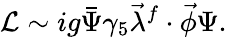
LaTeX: {\cal L}\sim ig\bar{\Psi}\gamma_{5}\vec{\lambda}^{f}\cdot\vec{\phi}\Psi.